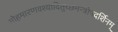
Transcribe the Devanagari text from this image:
मोहमारणवश्यादितुच्छमन्त्रोपदर्शिनम्